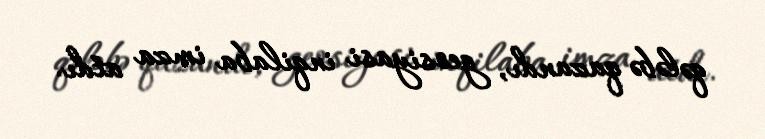
qələbə qazandı, geosiyasi inqilaba imza atdı.